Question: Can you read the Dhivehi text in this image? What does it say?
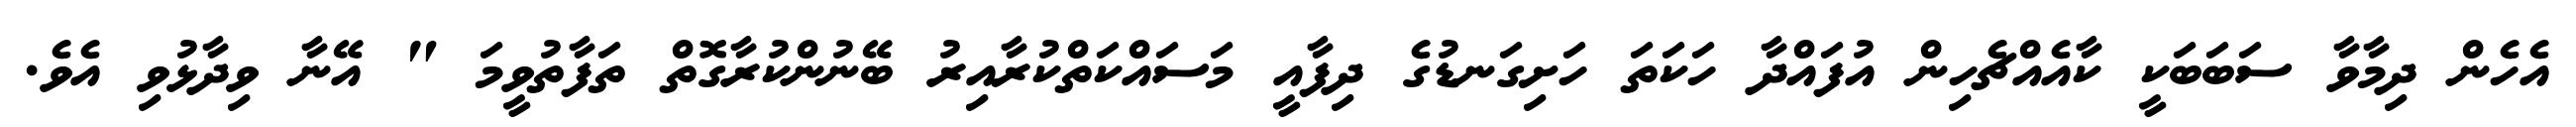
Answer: އެހެން ދިމާވާ ސަބަބަކީ ކާއެއްޗެހިން އުފައްދާ ހަކަތަ ހަށިގަނޑުގެ ދިފާއީ މަސައްކަތްކުރާއިރު ބޭނުންކުރާގޮތް ތަފާތުވީމަ " އޭނާ ވިދާޅުވި އެވެ.